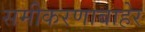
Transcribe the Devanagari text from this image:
समीकरणाबाहेर